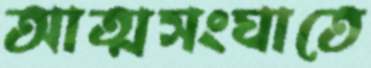
আত্মসংঘাতে